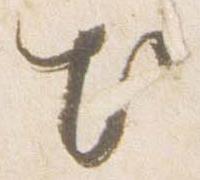
出